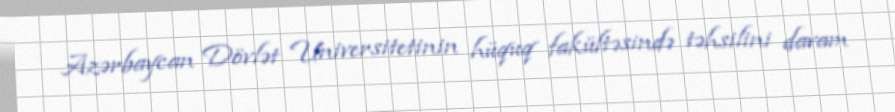
Azərbaycan Dövlət Universitetinin hüquq fakültəsində təhsilini davam